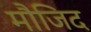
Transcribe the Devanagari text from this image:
मौजिद